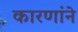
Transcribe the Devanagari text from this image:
कारणांने